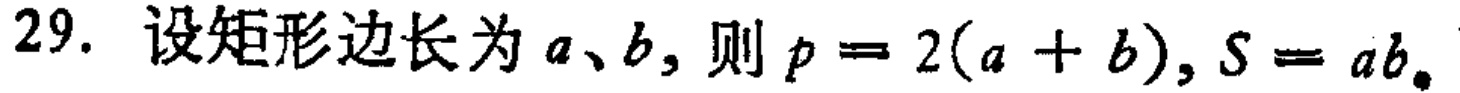
29. 设矩形边长为\(a\)、\(b\)，则\(p = 2(a + b)\)，\(S = ab\)。